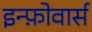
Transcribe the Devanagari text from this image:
इन्फ़ोवार्स